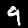
Digit: 9